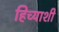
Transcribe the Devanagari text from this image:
हिच्‍याशी